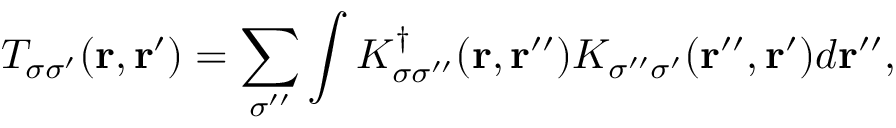
{ \displaystyle T _ { \sigma \sigma ^ { \prime } } ( { \bf r , r ^ { \prime } } ) = \sum _ { \sigma ^ { \prime \prime } } \int K _ { \sigma \sigma ^ { \prime \prime } } ^ { \dagger } ( { \bf r } , { \bf r ^ { \prime \prime } } ) K _ { \sigma ^ { \prime \prime } \sigma ^ { \prime } } ( { \bf r ^ { \prime \prime } } , { \bf r ^ { \prime } } ) d { \bf r ^ { \prime \prime } } } ,